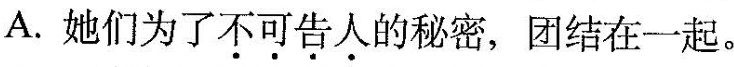
A.她们为了\underset{·}{不}\underset{·}{可}\underset{·}{告}\underset{·}{人}的秘密，团结在一起。